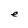
Character: e